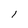
Character: l